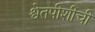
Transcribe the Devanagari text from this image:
श्वेतपीशींची